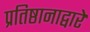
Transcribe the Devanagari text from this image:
प्रतिष्ठानाद्वारे